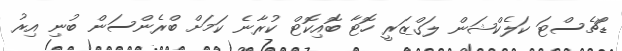
ޑޯޗެސްޓަ ކަލެކްޝަން ލަގްޒަރީ ހޮޓާ ބޮއިކޮޓް ކުރާނެ ކަމަށް ބްރެންސަން ބުނި އިރު